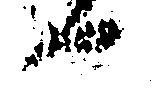
へ